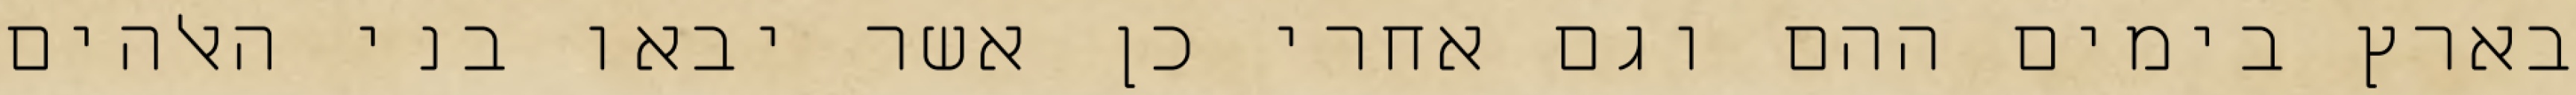
בארץ בימים ההם וגם אחרי כן אשר יבאו בני האלהים